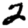
Digit: 2